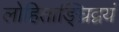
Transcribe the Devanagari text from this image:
लोहिताङ्घ्रिद्वयं